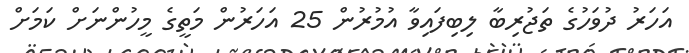
އަހަރު ދުވަހުގެ ތަޖުރިބާ ލިބިފައިވާ އުމުރުން 25 އަހަރުން މަތީގެ މީހުންނަށް ކަމަށް